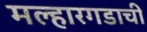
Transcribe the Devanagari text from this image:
मल्हारगडाची